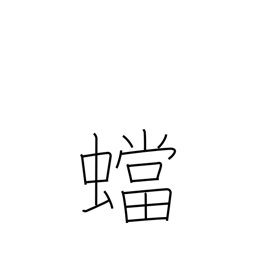
Meaning: mantis